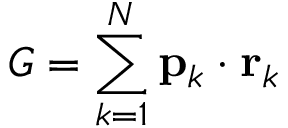
G = \sum _ { k = 1 } ^ { N } \mathbf { p } _ { k } \cdot \mathbf { r } _ { k }